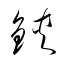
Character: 鋏